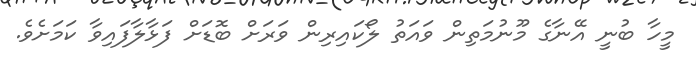
މީހާ ބުނީ އޭނާގެ މޫނުމަތިން ވައަތު ލޯކައިރިން ވަރަށް ބޮޑަށް ފަޅާލާފައިވާ ކަމަށެވެ.